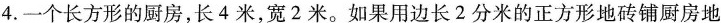
4.一个长方形的厨房，长4米，宽2米。如果用边长2分米的正方形地砖铺厨房地